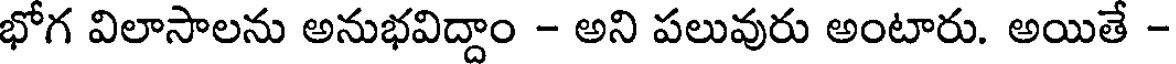
భోగ విలాసాలను అనుభవిద్దాం - అని పలువురు అంటారు. అయితే -